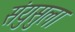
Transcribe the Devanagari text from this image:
संयुसुला